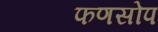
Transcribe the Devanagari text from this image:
फणसोप